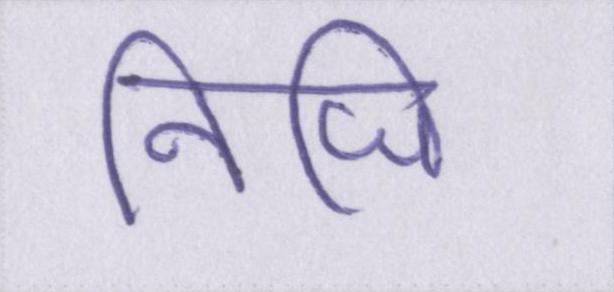
निजि